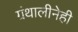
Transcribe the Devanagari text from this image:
ग्रंथालीनेही